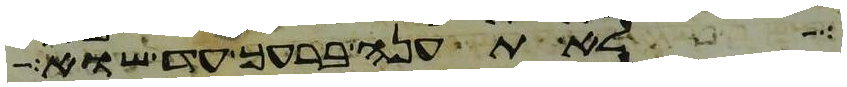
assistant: לא תענה ברעך עד שוא